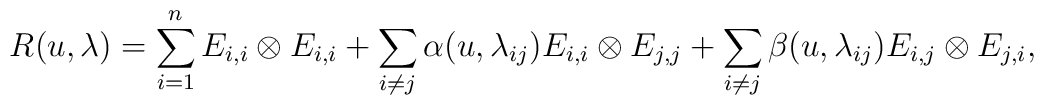
R(u, \lambda) = \sum_{i = 1}^n E_{i, i} \otimes E_{i, i} + \sum_{i \neq j}\alpha(u, \lambda_{i j}) E_{i, i} \otimes E_{j, j} + \sum_{i \neq j}\beta(u, \lambda_{i j}) E_{i, j} \otimes E_{j, i},